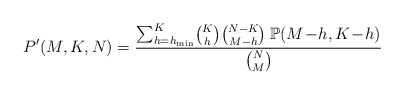
\begin{align*}P'(M,K,N)=\frac{\sum_{h=h_{\min}}^{K}\!\binom{K}{h}\binom{N-K}{M-h}\:\mathbb{P}(M\!-\!h,K\!-\!h)}{\binom{N}{M}}\end{align*}